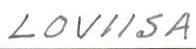
LOVIISA